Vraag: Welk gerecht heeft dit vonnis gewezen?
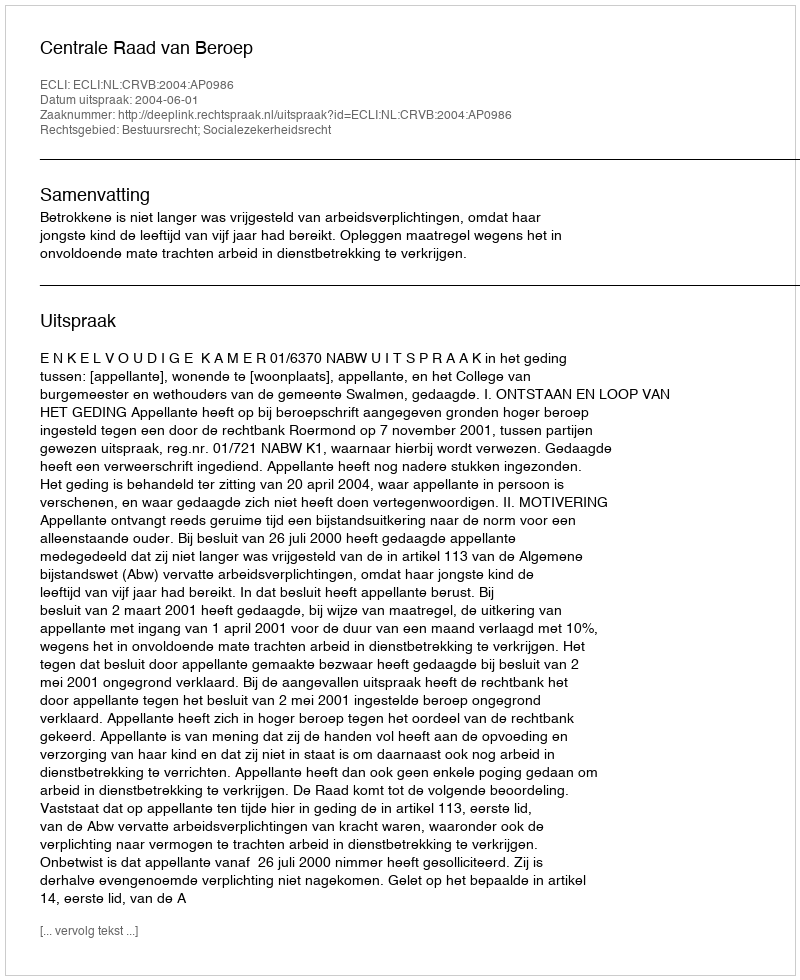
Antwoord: Centrale Raad van Beroep